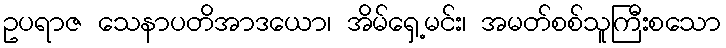
ဥပရာဇ သေနာပတိအာဒယော၊ အိမ်ရှေ့မင်း၊ အမတ်စစ်သူကြီးစသော